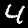
Label: 4